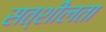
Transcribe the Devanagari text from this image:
सत्शीलता